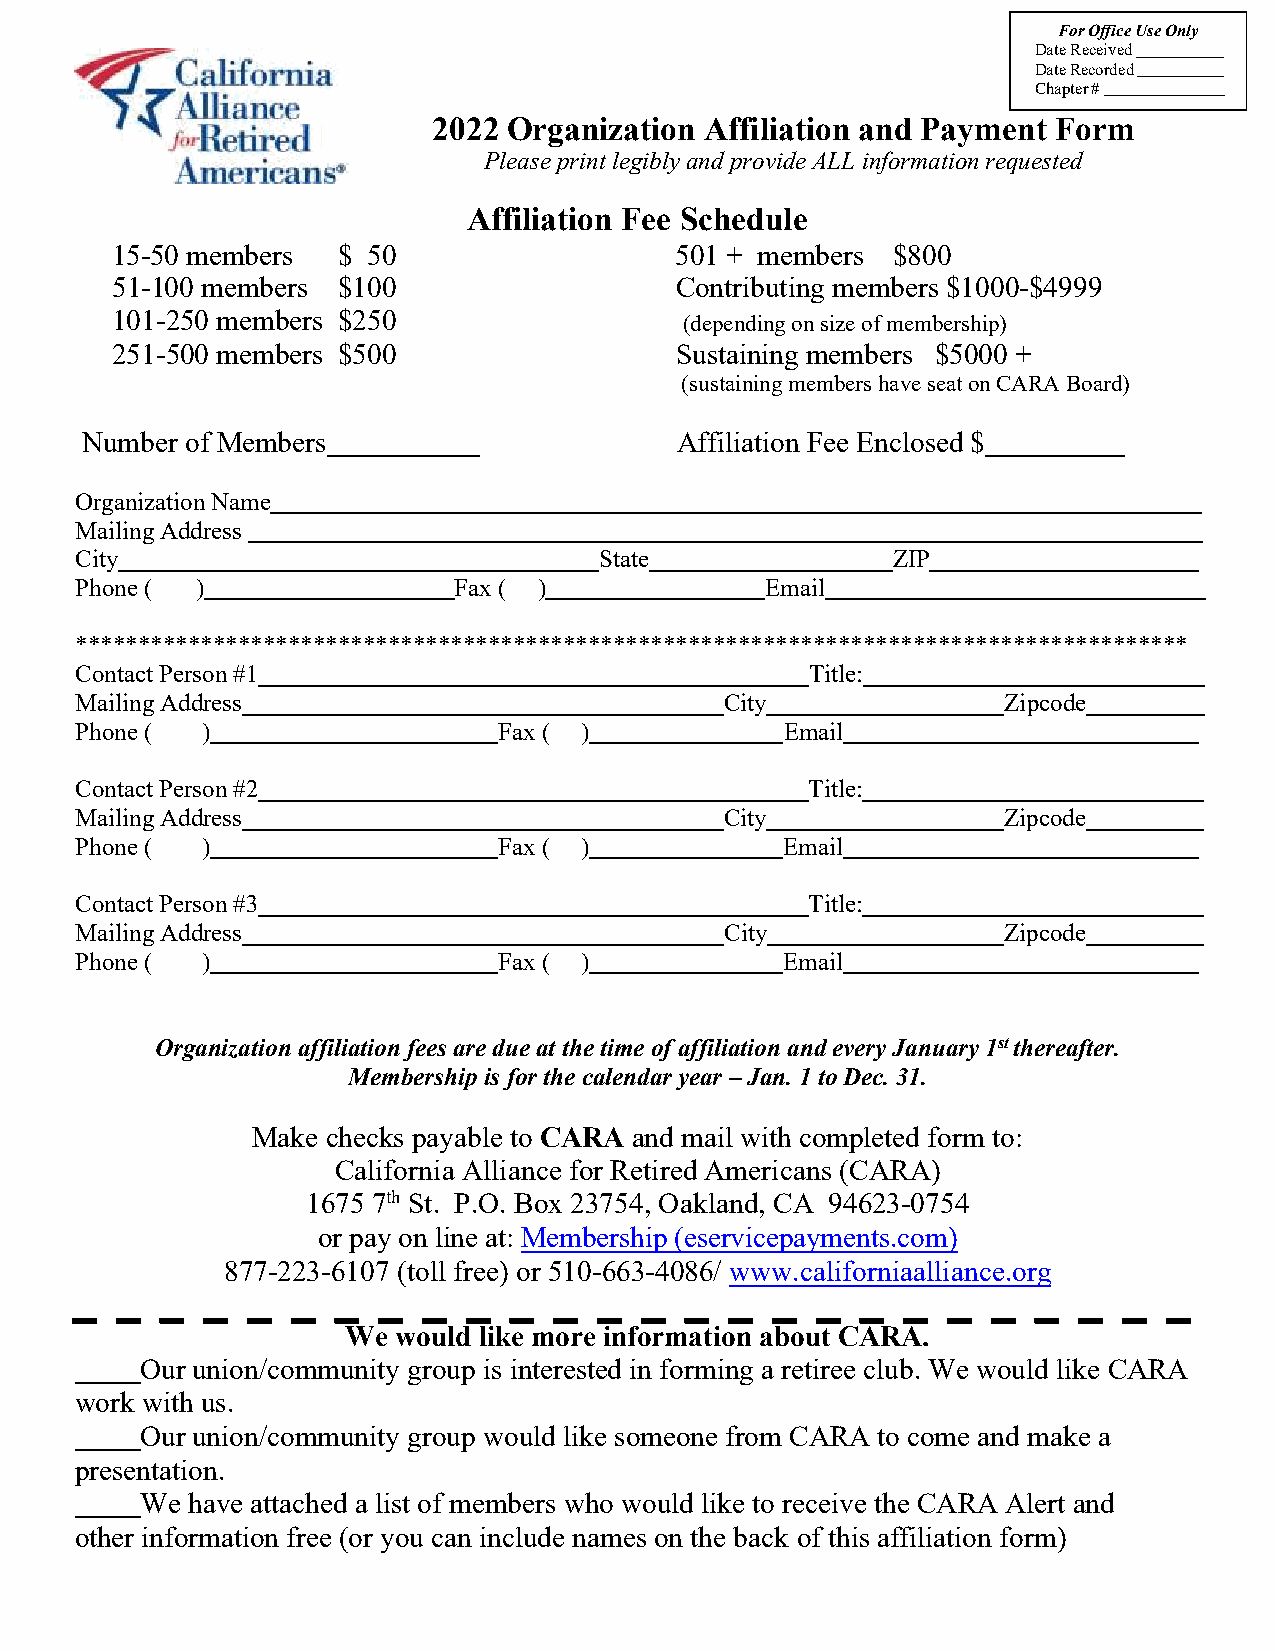
For Office Use Only
 Date Received
 Date Recorded
 Chapter #
 2022 Organization Affiliation and Payment Form
 Please print legibly and provide ALL information requested
 Affiliation Fee Schedule
 15-50 members  $ 50                   501 + members $800
 51-100 members $100                   Contributing members $1000-$4999
 101-250 members $250                  (depending on size of membership)
 251-500 members $500                  Sustaining members $5000 +
 (sustaining members have seat on CARA Board)
 Number of Members                       Affiliation Fee Enclosed $
 Organization Name
 Mailing Address
 City                               State              ZIP
 Phone ( )                Fax ( )              Email
 *****************************************************************************************
 Contact Person #1                                Title:
 Mailing Address                            City              Zipcode
 Phone ( )                   Fax ( )            Email
 Contact Person #2                                Title:
 Mailing Address                            City              Zipcode
 Phone ( )                   Fax ( )            Email
 Contact Person #3                                Title:
 Mailing Address                            City              Zipcode
 Phone ( )                   Fax ( )            Email
 Organization affiliation fees are due at the time of affiliation and every January 1st thereafter.
 Membership is for the calendar year – Jan. 1 to Dec. 31.
 Make checks payable to CARA and mail with completed form to:
 California Alliance for Retired Americans (CARA)
 1675 7th St. P.O. Box 23754, Oakland, CA 94623-0754
 or pay on line at: Membership (eservicepayments.com)
 877-223-6107 (toll free) or 510-663-4086/ www.californiaalliance.org
 We would like more information about CARA.
 Our union/community group is interested in forming a retiree club. We would like CARA
 work with us.
 Our union/community group would like someone from CARA to come and make a
 presentation.
 We have attached a list of members who would like to receive the CARA Alert and
 other information free (or you can include names on the back of this affiliation form)